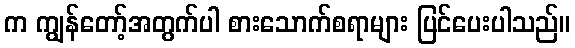
က ကျွန်တော့်အတွက်ပါ စားသောက်စရာများ ပြင်ပေးပါသည်။